Report on the lunatic asylums in Bengal - 1862-
Year: 1862
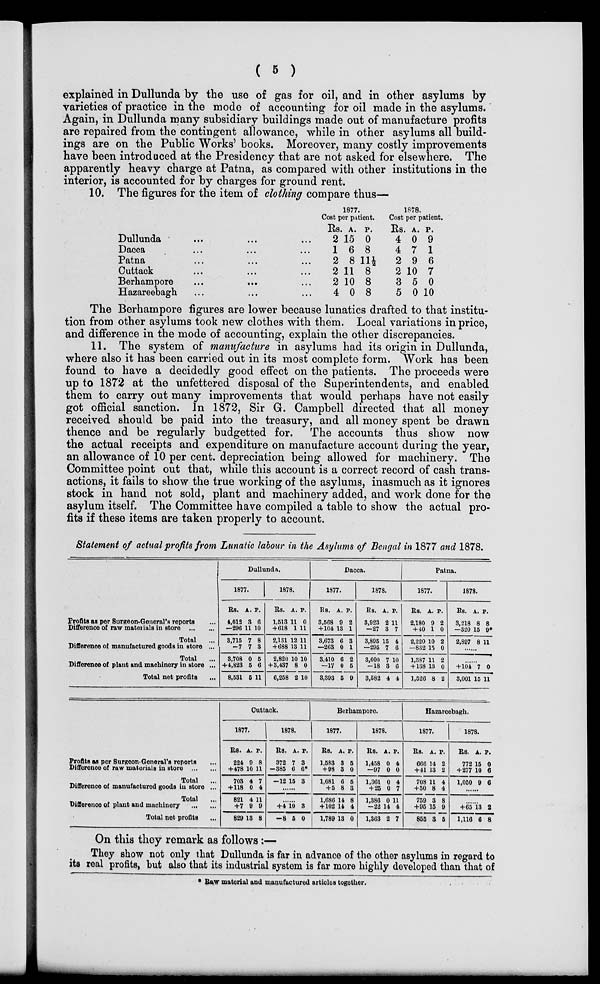
( 5 )
explained in Dullunda by the use of gas for oil, and in other asylums by
varieties of practice in the mode of accounting for oil made in the asylums.
Again, in Dullunda many subsidiary buildings made out of manufacture profits
are repaired from the contingent allowance, while in other asylums all build-
ings are on the Public Works' books. Moreover, many costly improvements
have been introduced at the Presidency that are not asked for elsewhere. The
apparently heavy charge at Patna, as compared with other institutions in the
interior, is accounted for by charges for ground rent.
10. The figures for the item of clothing compare thus—
Dullunda ... ... ...
Dacca ... ... ...
Patna ... ... ...
Cuttack ... ... ...
Berhampore ... ... ...
Hazareebagh ... ... ...
1877.
Cost per patient.
Rs.
2
1
2
2
2
4
A.
15
6
8
11
10
0
P.
0
8
11½
8
8
8
1878.
Cost per patient.
Rs.
4
4
2
2
3
5
A.
0
7
9
10
5
0
P.
9
1
6
7
0
10
The Berhampore figures are lower because lunatics drafted to that institu-
tion from other asylums took new clothes with them. Local variations in price,
and difference in the mode of accounting, explain the other discrepancies.
11. The system of manufacture in asylums had its origin in Dullunda,
where also it has been carried out in its most complete form. Work has been
found to have a decidedly good effect on the patients. The proceeds were
up to 1872 at the unfettered disposal of the Superintendents, and enabled
them to carry out many improvements that would perhaps have not easily
got official sanction. In 1872, Sir G. Campbell directed that all money
received should be paid into the treasury, and all money spent be drawn
thence and be regularly budgetted for. The accounts thus show now
the actual receipts and expenditure on manufacture account during the year,
an allowance of 10 per cent. depreciation being allowed for machinery. The
Committee point out that, while this account is a correct record of cash trans-
actions, it fails to show the true working of the asylums, inasmuch as it ignores
stock in hand not sold, plant and machinery added, and work done for the
asylum itself. The Committee have compiled a table to show the actual pro-
fits if these items are taken properly to account.
Statement of actual profits from Lunatic labour in the Asylums of Bengal in 1877 and 1878.
Profits as per Surgeon-General's reports ...
Difference of raw materials in store
...
...
Total ...
Difference of manufactured goods in store ...
Total ...
Difference of plant and machinery in store ...
Total net profits ...
Dullunda.
1877.
Rs.
4,013
—296
3,715
—7
3,708
+4,823
8,531
A.
3
11
7
7
0
5
5
P.
6
10
8
3
5
6
11
1878.
Rs.
1,513
+618
2,131
+688
2,820
+3,437
6,258
A.
11
1
12
13
10
8
2
P.
0
11
11
11
10
0
10
Dacca.
1877.
Rs.
3,568
+104
3,673
—263
3,410
—17
3,393
A.
9
13
6
0
6
0
5
P.
2
1
3
1
2
5
9
1878.
Rs.
3,923
—27
3,895
—205
3,600
—18
3,582
A.
2
3
15
7
7
3
4
P.
11
7
4
6
10
6
4
Patna.
1877.
Rs.
2,180
+ 40
2,220
—832
1,387
+ 138
1,526
A.
9
1
10
15
11
13
8
P.
2
0
2
0
2
0
2
1878.
Rs.
3,218
—320
2,897
A.
8
15
8
P.
8
9*
11
......
......
+ 104
3,001
7
15
0
11
Profits as per Surgeon-General's reports ...
Difference of raw materials in store
Total ...
Difference of manufactured goods in store ...
Total ...
Difference of plant and machinery
Total net profits ...
Cuttack.
1877.
Rs.
224
+478
703
+118
821
+7
829
A.
9
10
4
0
4
9
13
P.
8
11
7
4
11
9
8
1878.
Rs.
372
—385
-—2
A.
7
6
15
P.
3
6*
3
......
......
+4
—8
10
5
3
0
Berhampore.
1877.
Rs.
1,583
+98
1,681
+ 5
1,686
+ 102
1,789
A.
3
3
6
8
14
14
13
P.
5
0
5
3
8
4
0
1878.
Rs.
1,458
—97
1,361
+ 25
1,386
—22
1,363
A.
0
0
0
0
0
14
2
P.
4
0
4
7
11
4
7
Hazareebagh.
1877.
Rs.
666
+41
708
+50
759
+95
855
A.
14
13
11
8
3
15
3
P.
2
2
4
4
8
9
5
1878.
Rs.
772
+ 277
1,050
A.
15
10
9
P.
0
6
6
......
......
+63
1,116
13
6
2
8
On this they remark as follows:—
They show not only that Dullunda is far in advance of the other asylums in regard to
its real profits, but also that its industrial system is far more highly developed than that of
* Raw material and manufactured articles together.